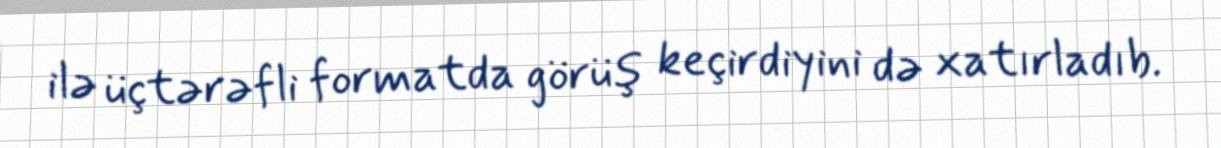
ilə üçtərəfli formatda görüş keçirdiyini də xatırladıb.